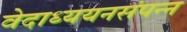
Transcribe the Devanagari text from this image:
वेदाध्ययनसंपन्न